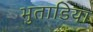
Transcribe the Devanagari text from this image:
भुताडिया